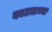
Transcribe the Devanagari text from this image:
काटय़ाच्या